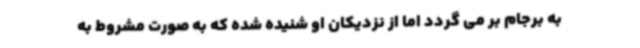
به برجام بر می گردد اما از نزدیکان او شنیده شده که به صورت مشروط به